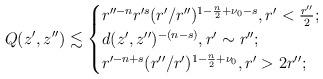
LaTeX: \begin{align*}Q(z',z'')\lesssim \begin{cases}r''^{-n}r'^{s}(r'/r'')^{1-\frac n2+\nu_0-s},r'<\frac{r''}2;\\d(z',z'')^{-(n-s)},r'\sim r'';\\r'^{-n+s}(r''/r')^{1-\frac n2+\nu_0},r'>2r'';\end{cases}\end{align*}